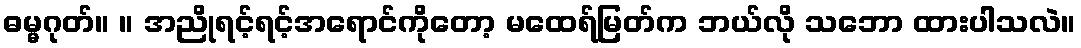
ဓမ္မဂုတ်။ ။ အညိုရင့်ရင့်အရောင်ကိုတော့ မထေရ်မြတ်က ဘယ်လို သဘော ထားပါသလဲ။